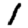
Digit: 1